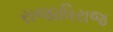
રાજાધિરાજ